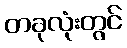
တခုလုံးတွင်